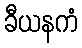
ခီယနကံ